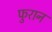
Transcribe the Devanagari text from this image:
फुरान